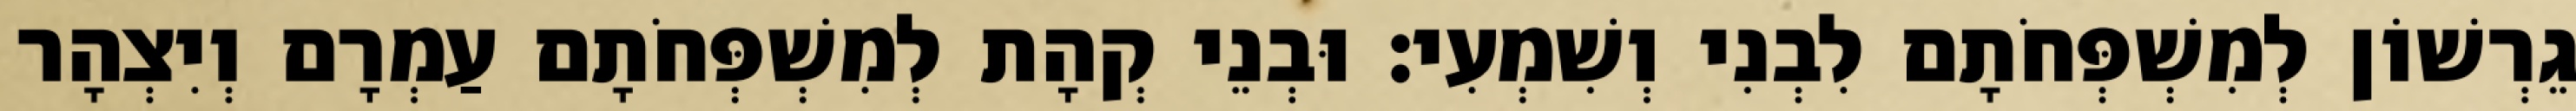
גֵרְשׁוֹן לְמִשְׁפְּחֹתָם לִבְנִי וְשִׁמְעִי׃ וּבְנֵי קְהָת לְמִשְׁפְּחֹתָם עַמְרָם וְיִצְהָר